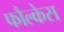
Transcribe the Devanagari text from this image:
फौल्केस